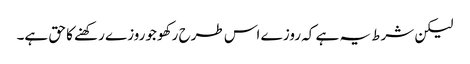
لیکن شرط یہ ہے کہ روز ے اس طرح رکھو جوروزے رکھنے کا حق ہے۔